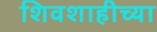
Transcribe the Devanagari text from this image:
शिवशाहीच्या